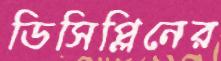
ডিসিপ্লিনের